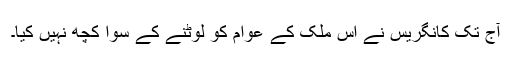
آج تک کانگریس نے اس ملک کے عوام کو لوٹنے کے سوا کچھ نہیں کیا۔